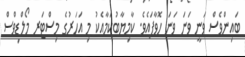
ބައިންވެސް ވަނީ ވަނަ ވަނަ ހޮވާފައެވެ. ކާމިޔާބުކަމާއެކު މި އަހަރުގެ މިސްޓަރ މޯލްޑިވްސް